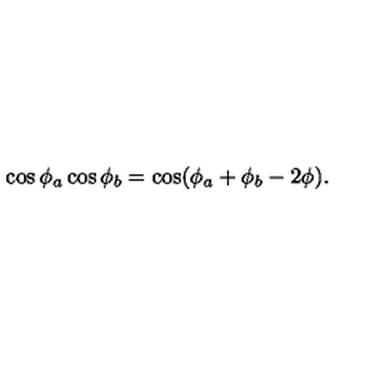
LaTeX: \cos \phi _ { a } \cos \phi _ { b } = \cos ( \phi _ { a } + \phi _ { b } - 2 \phi ) .